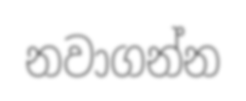
නවාගන්න